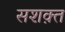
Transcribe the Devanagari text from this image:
सशक़्त